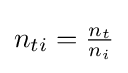
{\textstyle n_{ti}={\frac {n_{t}}{n_{i}}}}